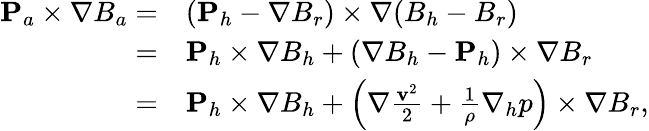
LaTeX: \begin{array}{rl}{{\mathbf P}_{a}\times\nabla B_{a}=}&{{}({\mathbf P}_{h}-\nabla B_{r})\times\nabla(B_{h}-B_{r})}\\ {=}&{{}{\mathbf P}_{h}\times\nabla B_{h}+(\nabla B_{h}-{\mathbf P}_{h})\times\nabla B_{r}}\\ {=}&{{}{\mathbf P}_{h}\times\nabla B_{h}+\left(\nabla\frac{{\mathbf v}^{2}}{2}+\frac{1}{\rho}\nabla_{h}p\right)\times\nabla B_{r},}\end{array}